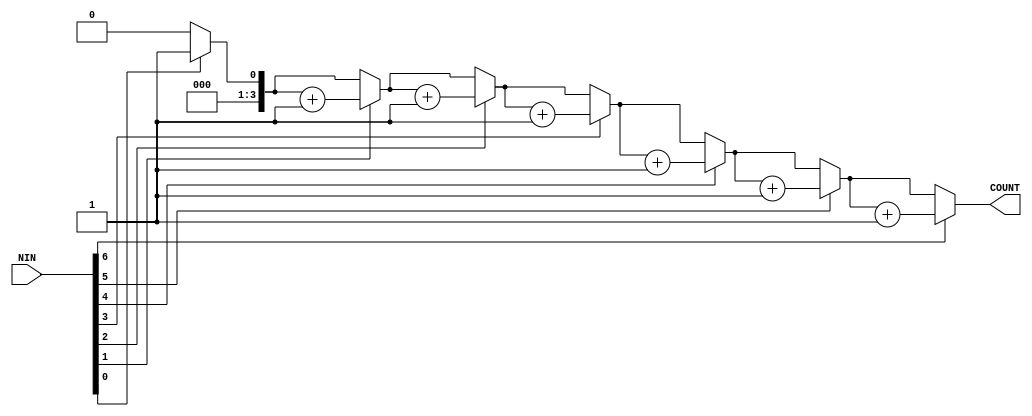
module count_1(
    NIN,COUNT
);
    input[7:0] NIN;
    output[3:0] COUNT;
    
    integer i;
	 reg[3:0] COUNT;
	 reg[7:0] TIN;
    always @(NIN) 
begin
	 TIN = NIN;
	 COUNT = 0;
    for(i=1 ; i < 8 ;i =i+1)
	 begin
			if(TIN[0])
				COUNT = COUNT+1;
			TIN = TIN>>1;
    end
end
endmodule